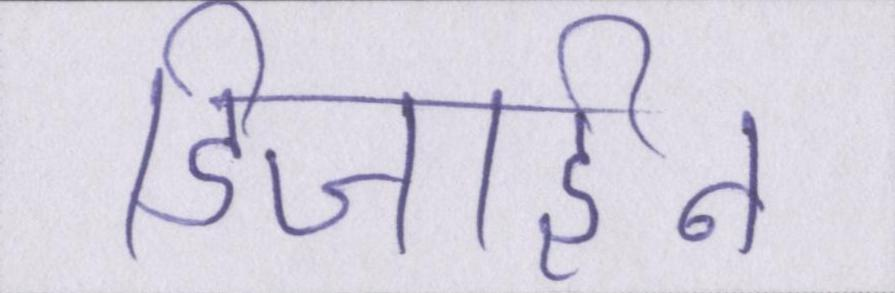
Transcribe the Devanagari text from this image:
डिजाईन